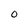
Character: O